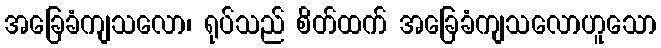
အခြေခံကျသလော၊ ရုပ်သည် စိတ်ထက် အခြေခံကျသလောဟူသော